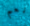
نعم